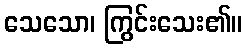
သေသော၊ ကြွင်းသေး၏။